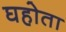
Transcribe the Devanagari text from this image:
घहोता